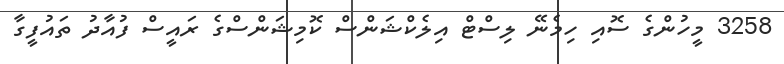
3258 މީހުންގެ ސޮއި ހިމެނޭ ލިސްޓް އިލެކްޝަންސް ކޮމިޝަންސްގެ ރައީސް ފުއާދު ތައުފީގާ